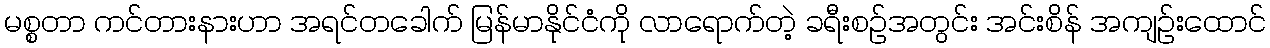
မစ္စတာ ကင်တားနားဟာ အရင်တခေါက် မြန်မာနိုင်ငံကို လာရောက်တဲ့ ခရီးစဉ်အတွင်း အင်းစိန် အကျဉ်းထောင်